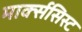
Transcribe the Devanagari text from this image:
मार्क्‍ससिस्‍ट